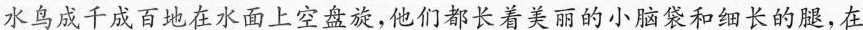
水鸟成千成百地在水面上空盘旋，他们都长着美丽的小脑袋和细长的腿，在